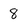
Character: 8